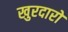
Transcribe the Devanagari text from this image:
खुरदारों